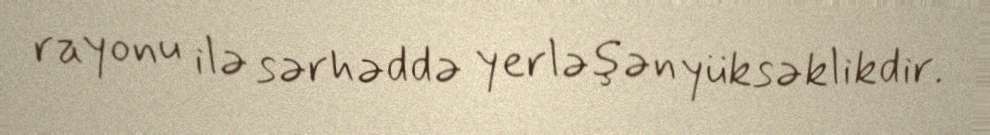
rayonu ilə sərhəddə yerləşən yüksəklikdir.